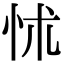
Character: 怵